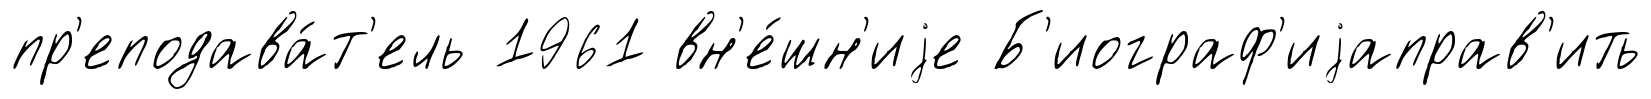
пр'еподава́т'ель 1961 вн'е́шн'иjе Б'иограф'иjаправ'ить